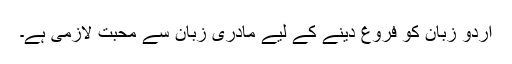
اردو زبان کو فروغ دینے کے لیے مادری زبان سے محبت لازمی ہے۔